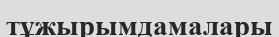
тұжырымдамалары